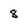
Character: 8